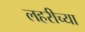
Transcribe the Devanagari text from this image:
लहरीच्या